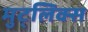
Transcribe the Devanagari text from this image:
मुट्लिक्स